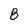
Character: 8